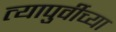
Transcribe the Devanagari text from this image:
त्यापुर्वीच्या